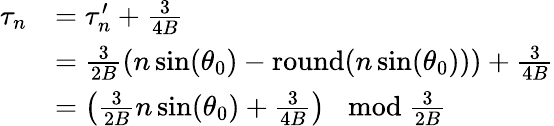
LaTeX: \begin{array}{rl}{\tau_{n}}&{=\tau_{n}^{\prime}+\frac{3}{4B}}\\ &{=\frac{3}{2B}(n\sin(\theta_{0})-\mathrm{round}(n\sin(\theta_{0})))+\frac{3}{4B}}\\ &{=\left(\frac{3}{2B}n\sin(\theta_{0})+\frac{3}{4B}\right)\; \; \; \mathrm{mod~}\frac{3}{2B}}\end{array}